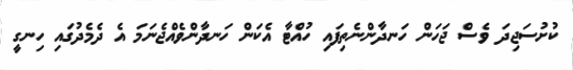
ކުށުސަޖިދަ ވެސް ޖަހަން ހަނދާންނެތިފައި ހުއްޓާ އެކަން ހަނދާންވެއްޖެނަމަ އެ ދެމެދުގައި ހިނގީ